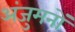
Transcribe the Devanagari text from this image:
अंजुमनों